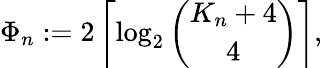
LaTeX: \Phi_{n}:=2\left\lceil\log_{2}\binom{K_{n}+4}{4}\right\rceil,